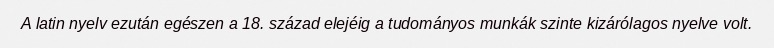
A latin nyelv ezután egészen a 18. század elejéig a tudományos munkák szinte kizárólagos nyelve volt.